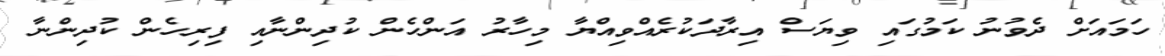
ހަމައަށް ދެވުނު ކަމުގައި ވިޔަސް އިރާދަކުރެއްވިއްޔާ މިހާރު އަންހެން ކުދިންނާއި ފިރިހެން ކުދިންނާ